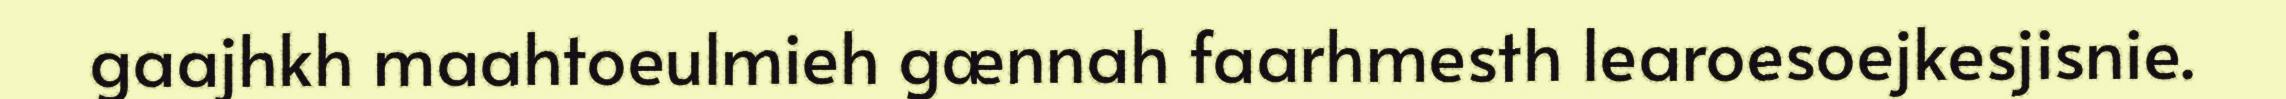
gaajhkh maahtoeulmieh gænnah faarhmesth learoesoejkesjisnie.